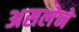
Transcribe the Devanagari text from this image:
असलेने